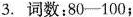
3. 词数:80-100;